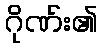
ဂိုဏ်း၏